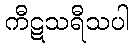
ကီဋသရီသပါ